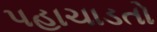
પહાચાડતો